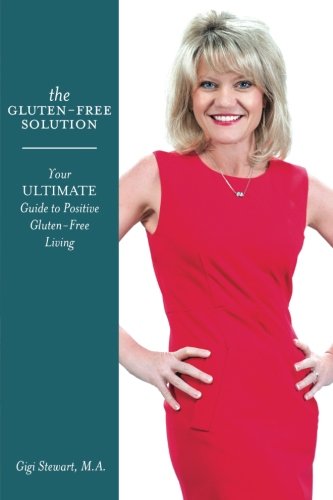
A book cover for The Gluten-Free Solution (Gluten Free Gigi's Wellness Solutions) (Volume 1); Gigi Stewart M.A.; Health, Fitness & Dieting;